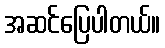
အဆင်ပြေပါတယ်။